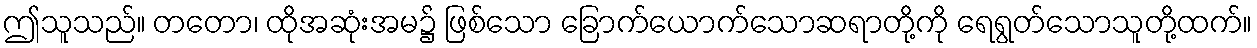
ဤသူသည်။ တတော၊ ထိုအဆုံးအမ၌ ဖြစ်သော ခြောက်ယောက်သောဆရာတို့ကို ရေရွတ်သောသူတို့ထက်။